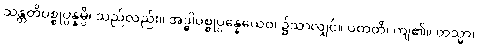
သန္တတိပစ္စုပ္ပန္နမ္ပိ၊ သည်လည်း။ အဒ္ဓါပစ္စုပ္ပန္နေယေဝ၊ ၌သာလျှင်။ ပတတိ၊ ကျ၏။ တသ္မာ၊